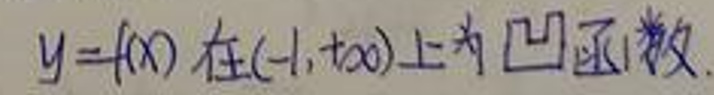
$y = f(x)\ $在$(-1, +\infty)$上为凸函数.